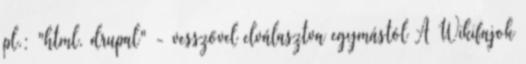
pl.: "html, drupal" - vesszővel elválasztva egymástól A Wikifajok